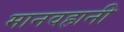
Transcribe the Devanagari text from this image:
मानवहानी